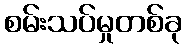
စမ်းသပ်မှုတစ်ခု